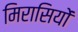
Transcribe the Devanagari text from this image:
मिरासियों